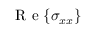
\mathrm { ~ R ~ e ~ } { \left\{ \sigma _ { x x } \right\} }